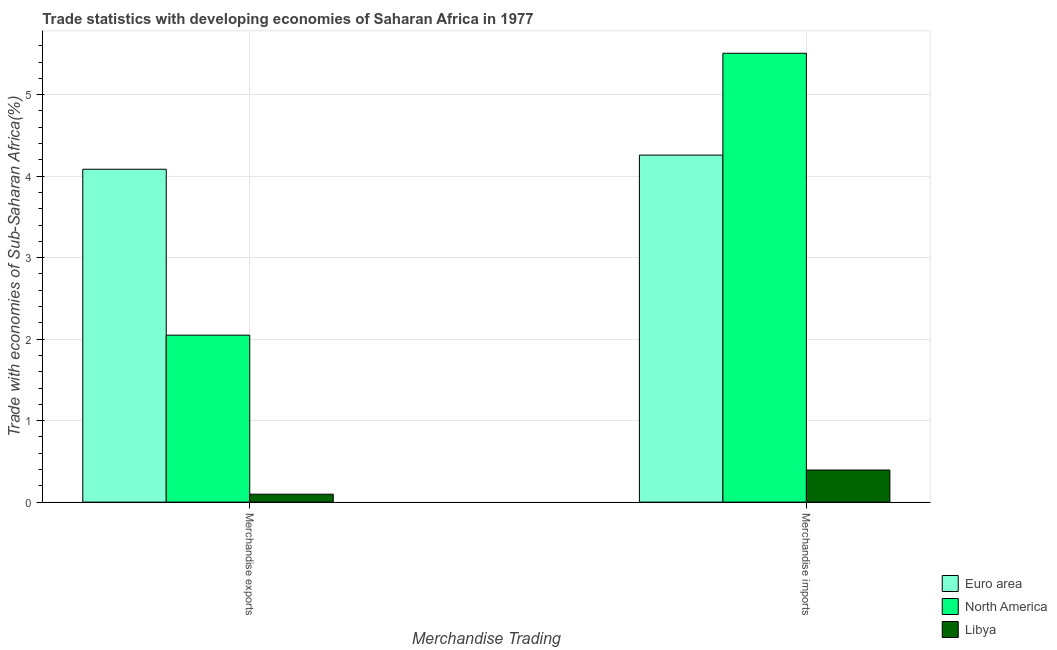
| Merchandise Trading | Euro area | North America | Libya |
 | --- | --- | --- | --- |
 | Merchandise exports | 4.08 | 2.05 | 0.0973 |
 | Merchandise imports | 4.26 | 5.51 | 0.394 |